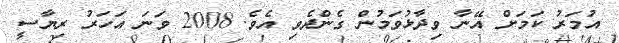
އުމަރު ކަމަށް އޭނާ ވިދާޅުވަމުން ގެންދެވި އެވެ. 2008 ވަނަ އަހަރު ރިޔާސީ